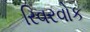
રિવરવોક